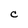
Character: C